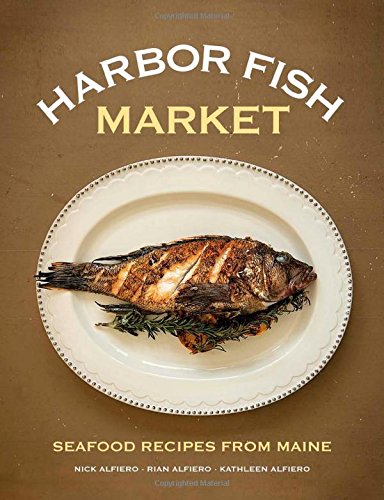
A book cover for Harbor Fish Market: Seafood Recipes from Maine; Nick Alfiero; Cookbooks, Food & Wine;